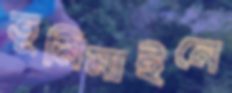
ভূমিমাইনে